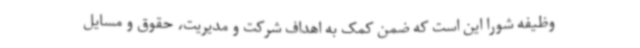
وظیفه شورا این است که ضمن کمک به اهداف شرکت و مدیریت، حقوق و مسایل